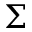
\Sigma